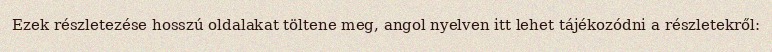
Ezek részletezése hosszú oldalakat töltene meg, angol nyelven itt lehet tájékozódni a részletekről: